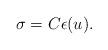
LaTeX: \begin{align*}\sigma=C\epsilon(u).\end{align*}